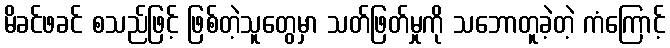
မိခင်ဖခင် စသည်ဖြင့် ဖြစ်တဲ့သူတွေမှာ သတ်ဖြတ်မှုကို သဘောတူခဲ့တဲ့ ကံကြောင့်